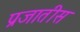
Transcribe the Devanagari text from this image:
प्रजातीस